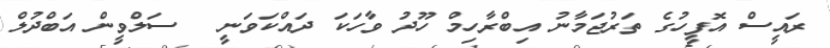
ރައީސް އޮފީހުގެ ތަރުޖަމާނު އިބްރާހިމް ހޫދު ވާހަކަ ދައްކަވަނީ _ ސަލްވީން އަބްދުލް